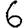
Digit: 6